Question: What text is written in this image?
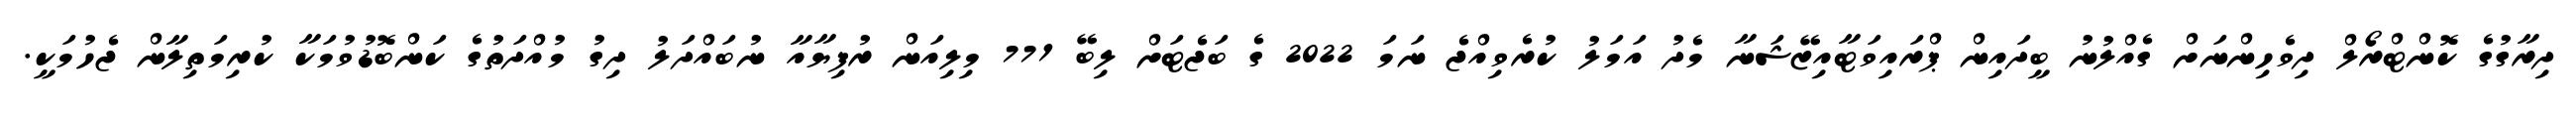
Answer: ދިރާގުގެ ކޮންޓްރޯލް ދިވެހިންނަށް ގެއްލުނު ބީދައިން ޕްރައިވަޓާއިޒޭޝަނާ މެދު އަމަލު ކުރެވިއްޖެ ނަމަ 2022 ގެ ބަޖެޓަށް ލިބޭ 771 މިލިއަން ރުފިޔާއާ ނުބައްދަލު ދިގު މުއްދަތުގެ ކަންބޮޑުވުމަކާ ކުރިމަތިލާން ޖެހުމަކީ.